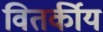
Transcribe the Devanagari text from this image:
वितर्कीय